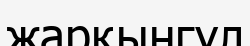
жарқынгүл